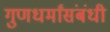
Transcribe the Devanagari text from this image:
गुणधर्मांसंबंधी